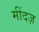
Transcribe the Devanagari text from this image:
मींदज़